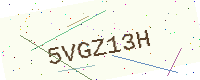
Text: 5VGZ13H